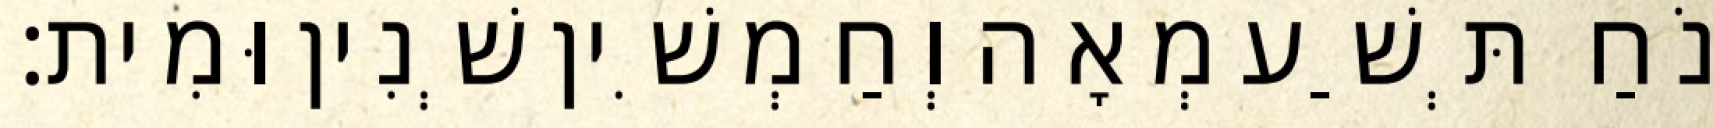
נֹחַ תְּשַׁע מְאָה וְחַמְשִׁין שְׁנִין וּמִית׃